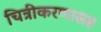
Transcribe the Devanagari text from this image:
चित्रीकरणासह